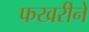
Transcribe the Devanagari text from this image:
फखरीने